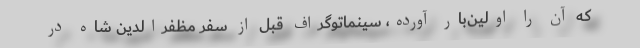
که آن را اولین‌بار آورده، سینماتوگراف قبل از سفر مظفرالدین شاه در